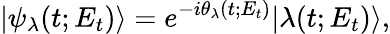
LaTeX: |\psi_{\lambda}(t;E_{t})\rangle=e^{-i\theta_{\lambda}(t;E_{t})}|\lambda(t;E_{t})\rangle,